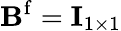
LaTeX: \mathbf{B}^{\mathrm{f}}=\mathbf{I}_{1\times 1}